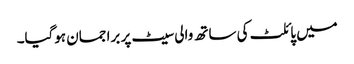
میں پائلٹ کی ساتھ والی سیٹ پر برا جمان ہوگیا۔